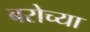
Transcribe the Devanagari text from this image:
बरोच्या